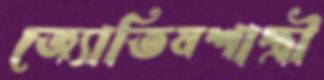
জ্যোতিষশাস্ত্রী